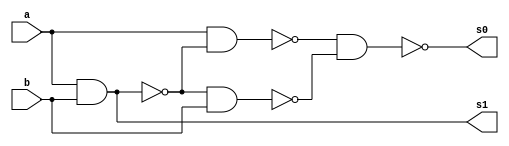
// ---------------------
// Guia 04_01 - Meia Soma NAND
// Nome: Anderson Belchior de Carvalho
// ---------------------

// ---------------------
// -- meia soma
// ---------------------

module meiasoma (s0, s1, a, b);
 output s0, s1;
 input  a, b;
 wire s2,s3,s4,s5;
 
 nand nandgate1 (s2, a, b);
 nand nandgate2 (s1, s2, s2);
 nand nandgate3 (s3, a, b);
 nand nandgate4 (s4, a, s3);
 nand nandgate5 (s5, s3, b);
 nand nandgate6 (s0, s4, s5);

endmodule // meia soma

// --------------------------
// -- test meia soma nand
// --------------------------

module testmeiasoma;
 reg   a, b;             
 wire  s0, s1;
          // instancia
 meiasoma MEIASOMA1 (s0, s1, a, b);

 initial begin:start
      a=0; b=0;
 end

          // parte principal
 initial begin:main
      $display("Guia 04_01 - Anderson Belchior de Carvalho - 396673");
      $display("Test Meia Soma NAND gate");
      $display("\n a & b = s0 s1\n");
      $monitor(" %b & %b = %b %b", a, b, s0, s1);
  #1  a=0; b=1; 
  #1  a=1; b=0; 
  #1  a=1; b=1; 
  
 end

endmodule // testmeiasoma